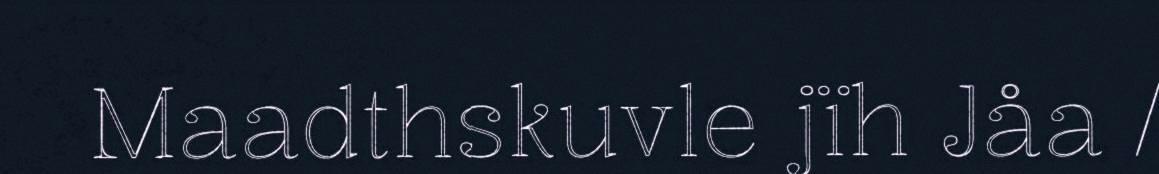
Maadthskuvle jïh Jåa /